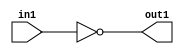
`timescale 1ps / 1ps
/*****************************************************************************
    Verilog RTL Description
    
    
    Created by: Stratus DpOpt 2019.1.01 
*******************************************************************************/

module cache_Not_1U_1U_4_1 (
	in1,
	out1
	); /* architecture "behavioural" */ 
input  in1;
output  out1;
wire  asc001;

assign asc001 = 
	((~in1));

assign out1 = asc001;
endmodule

/* CADENCE  urT0Tg4= : u9/ySgnWtBlWxVPRXgAZ4Og= ** DO NOT EDIT THIS LINE ******/